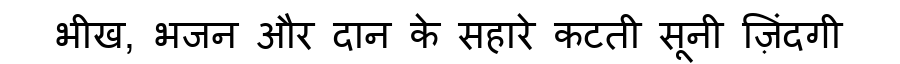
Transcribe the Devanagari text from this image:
भीख, भजन और दान के सहारे कटती सूनी ज़िंदगी